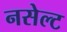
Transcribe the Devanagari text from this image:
नसेल्ट